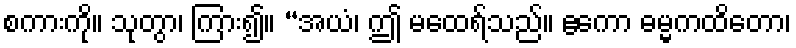
စကားကို။ သုတွာ၊ ကြား၍။ “အယံ၊ ဤ မထေရ်သည်။ ဧကော ဓမ္မကထိတော၊